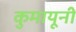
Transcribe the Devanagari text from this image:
कुमायूनी